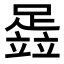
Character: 𬧈